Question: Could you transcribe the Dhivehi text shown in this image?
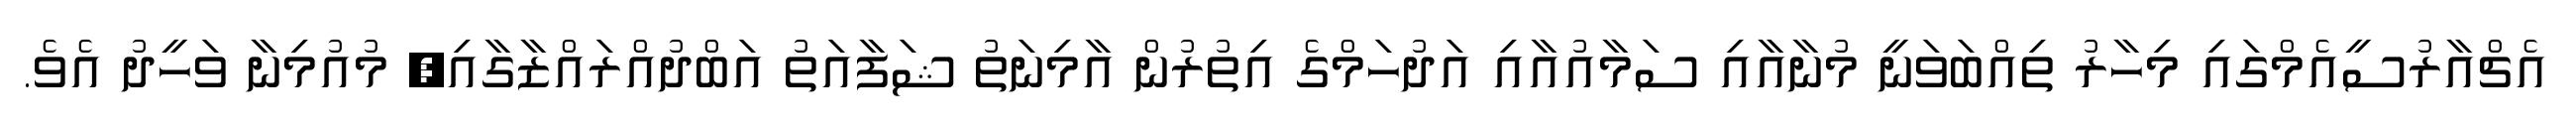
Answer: އެޗްއާރުސީއެމްގައި މިހާރު ތިއްބަވަނީ މުނާއާއި ސަމާއުއާއި އަދުހަމްގެ އިތުރުން އާމިނަތު ޝަފާއަތު އަބްދުއްރައްޒާގާއި, މުއުމިނާ ވަހީދު އެވެ.